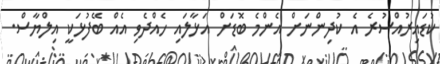
ކުޑައިރުއްސުރެ އެ ކުދިންނަށް އެންމެ ބޮޑަށް އަޅާލައި ހެއްދެވި އެއް ބޭފުޅަކީ އިލްޔާސް.